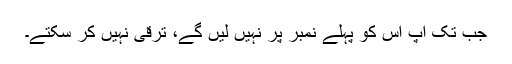
جب تک آپ اس کو پہلے نمبر پر نہیں لیں گے، ترقی نہیں کر سکتے۔